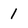
Character: 1